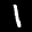
Label: 1